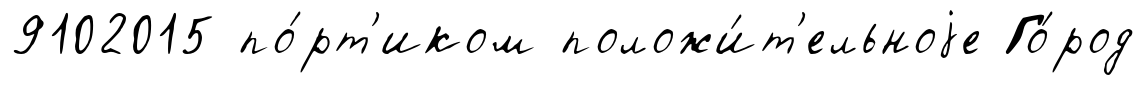
9102015 по́рт'иком положи́т'ельноjе Го́род